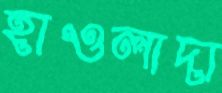
হাওলাদা